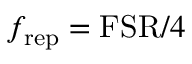
f _ { \mathrm { r e p } } = \mathrm { F S R } / 4